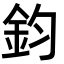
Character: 鈞